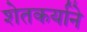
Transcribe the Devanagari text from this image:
शेतकर्याने